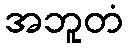
အဘူတံ